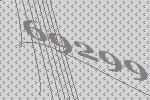
69299